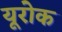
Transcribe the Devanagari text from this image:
यूरोक